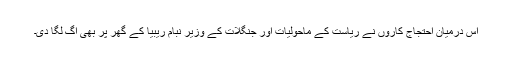
اس درمیان احتجاج کاروں نے ریاست کے ماحولیات اور جنگلات کے وزیر نبام ریبیا کے گھر پر بھی آگ لگا دی۔